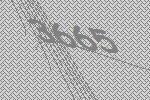
3665